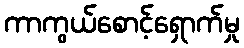
ကာကွယ်စောင့်ရှောက်မှု